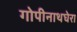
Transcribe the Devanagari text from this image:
गोपीनाथघेरा